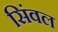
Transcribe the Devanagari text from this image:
सिंवल